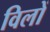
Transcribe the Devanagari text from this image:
विलों